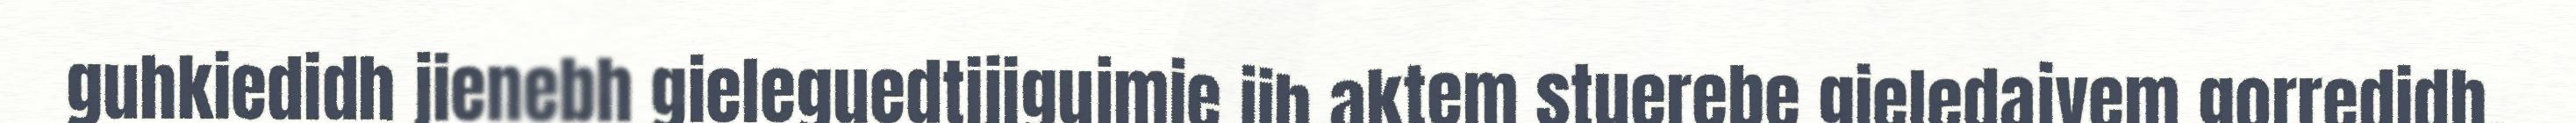
guhkiedidh jienebh gieleguedtijigujmie jih aktem stuerebe gieledajvem gorredidh.